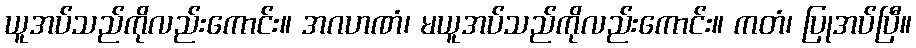
ယူအပ်သည်ကိုလည်းကောင်း။ အဂဟဏံ၊ မယူအပ်သည်ကိုလည်းကောင်း။ ကတံ၊ ပြုအပ်ပြီ။